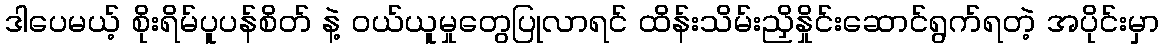
ဒါပေမယ့် စိုးရိမ်ပူပန်စိတ် နဲ့ ဝယ်ယူမှုတွေပြုလာရင် ထိန်းသိမ်းညှိနှိုင်းဆောင်ရွက်ရတဲ့ အပိုင်းမှာ